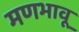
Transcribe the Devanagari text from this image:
मणभावू